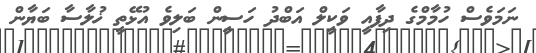
ނަމަވެސް ހުމާމްގެ ދިފާއީ ވަކީލް އަބްދު ހަސީން ބަލިވެ އުޅޭތީ ޚުލާސާ ބަޔާން